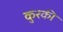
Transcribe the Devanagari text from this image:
कुरकी